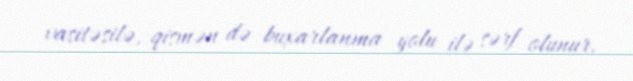
vasitəsilə, qismən də buxarlanma yolu ilə sərf olunur.